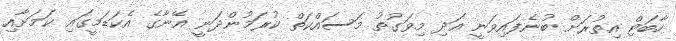
ހާބަޓް އިތުރަށް ބުނެފައިވަނީ އަދި މިވަގުތު މަސައްކަތް ކުރަމުންދަނީ އޭނާގެ އެކަޑަމީގައި ކަމަށާއި